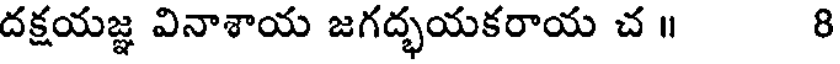
దక్షయజ్ఞ వినాశాయ జగద్భయకరాయ చ ॥ 8